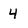
Character: 4